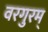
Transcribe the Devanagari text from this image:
वरगुरम्